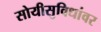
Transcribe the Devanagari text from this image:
सोयीसुविधांवर